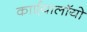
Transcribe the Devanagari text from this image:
कार्एयालाॅयो